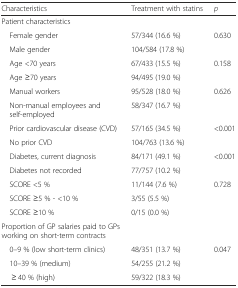
<table><thead><tr><td><b>Characteristics</b></td><td><b>Treatment with statins</b></td><td><b><i>p</i></b></td></tr></thead><tbody><tr><td>Patient characteristics</td><td></td><td></td></tr><tr><td> Female gender</td><td>57/344 (16.6 %)</td><td rowspan="2">0.630</td></tr><tr><td> Male gender</td><td>104/584 (17.8 %)</td></tr><tr><td> Age &lt;70 years</td><td>67/433 (15.5 %)</td><td rowspan="2">0.158</td></tr><tr><td> Age ≥70 years</td><td>94/495 (19.0 %)</td></tr><tr><td> Manual workers</td><td>95/528 (18.0 %)</td><td rowspan="2">0.626</td></tr><tr><td> Non-manual employees and self-employed</td><td>58/347 (16.7 %)</td></tr><tr><td> Prior cardiovascular disease (CVD)</td><td>57/165 (34.5 %)</td><td rowspan="2">&lt;0.001</td></tr><tr><td> No prior CVD</td><td>104/763 (13.6 %)</td></tr><tr><td> Diabetes, current diagnosis</td><td>84/171 (49.1 %)</td><td rowspan="2">&lt;0.001</td></tr><tr><td> Diabetes not recorded</td><td>77/757 (10.2 %)</td></tr><tr><td> SCORE &lt;5 %</td><td>11/144 (7.6 %)</td><td rowspan="3">0.728</td></tr><tr><td> SCORE ≥5 % - &lt;10 %</td><td>3/55 (5.5 %)</td></tr><tr><td> SCORE ≥10 %</td><td>0/15 (0.0 %)</td></tr><tr><td>Proportion of GP salaries paid to GPs working on short-term contracts</td><td></td><td></td></tr><tr><td> 0–9 % (low short-term clinics)</td><td>48/351 (13.7 %)</td><td rowspan="3">0.047</td></tr><tr><td> 10–39 % (medium)</td><td>54/255 (21.2 %)</td></tr><tr><td>≥ 40 % (high)</td><td>59/322 (18.3 %)</td></tr></tbody></table>